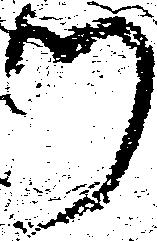
川